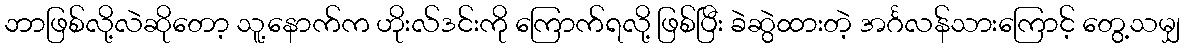
ဘာဖြစ်လို့လဲဆိုတော့ သူ့နောက်က ဟိုးလ်ဒင်းကို ကြောက်ရလို့ ဖြစ်ပြီး ခဲဆွဲထားတဲ့ အင်္ဂလန်သားကြောင့် တွေ့သမျှ